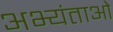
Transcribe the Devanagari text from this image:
अभ्यंताओं